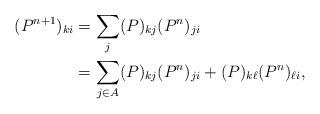
LaTeX: \begin{align*}(P^{n+1})_{ki}&=\sum_j (P)_{kj}(P^{n})_{ji}\\&=\sum_{j\in A} (P)_{kj}(P^{n})_{ji}+(P)_{k \ell}(P^{n})_{\ell i},\end{align*}